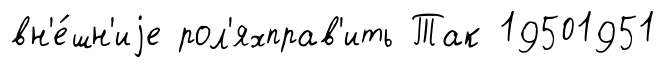
вн'е́шн'иjе рол'яхправ'ить Так 19501951